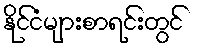
နိုင်ငံများစာရင်းတွင်